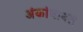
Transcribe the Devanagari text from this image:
अंकांबाबत